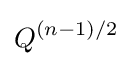
Q^{(n-1)/2}